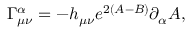
\Gamma _ { \mu \nu } ^ { \alpha } = - h _ { \mu \nu } e ^ { 2 ( A - B ) } \partial _ { \alpha } A ,